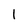
Character: l